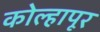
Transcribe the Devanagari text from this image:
काेेल्हापूर